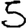
Digit: 5